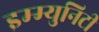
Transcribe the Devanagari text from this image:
इम्म्युनिटी